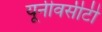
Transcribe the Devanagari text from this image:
यूनीवर्सीटी